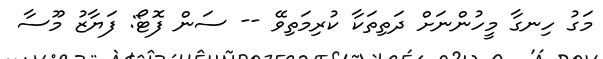
މަގު ހިނގާ މީހުންނަށް ދަތިތަކާ ކުރިމަތިވޭ -- ސަން ފޮޓޯ: ފަޔާޒު މޫސާ